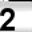
Digit: 2